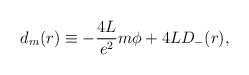
\begin{align*}d_m(r) \equiv - \frac{4L}{e^2} m{\phi}+ 4L D_{-}(r),\end{align*}